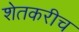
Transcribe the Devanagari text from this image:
शेतकरीच